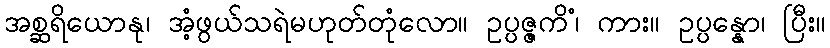
အစ္ဆရိယောနု၊ အံ့ဖွယ်သရဲမဟုတ်တုံလော။ ဥပ္ပဇ္ဇကိံ၊ ကား။ ဥပ္ပန္နော၊ ပြီး။